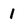
Character: I